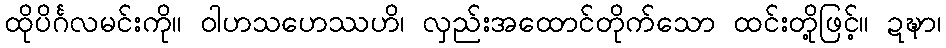
ထိုပိင်္ဂလမင်းကို။ ဝါဟသဟေဿဟိ၊ လှည်းအထောင်တိုက်သော ထင်းတို့ဖြင့်။ ဍဍ္ဎာ၊